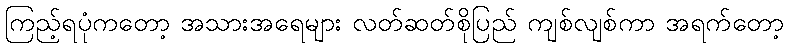
ကြည့်ရပုံကတော့ အသားအရေများ လတ်ဆတ်စိုပြည် ကျစ်လျစ်ကာ အရက်တော့